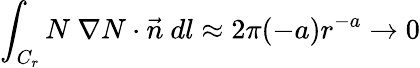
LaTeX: \int_{C_{r}}N~\nabla N\cdot\vec{n}~dl\approx 2\pi(-a)r^{-a}\rightarrow 0